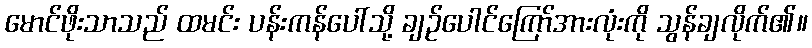
မောင်ဖိုးသာသည် ထမင်း ပန်းကန်ပေါ်သို့ ချဉ်ပေါင်ကြော်အားလုံးကို သွန်ချလိုက်၏။